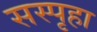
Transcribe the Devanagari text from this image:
सस्पृहा